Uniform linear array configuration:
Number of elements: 16
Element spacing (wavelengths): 1
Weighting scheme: cosine
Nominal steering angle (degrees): -60
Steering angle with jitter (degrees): -59.174
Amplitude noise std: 0.05
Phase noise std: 0.05

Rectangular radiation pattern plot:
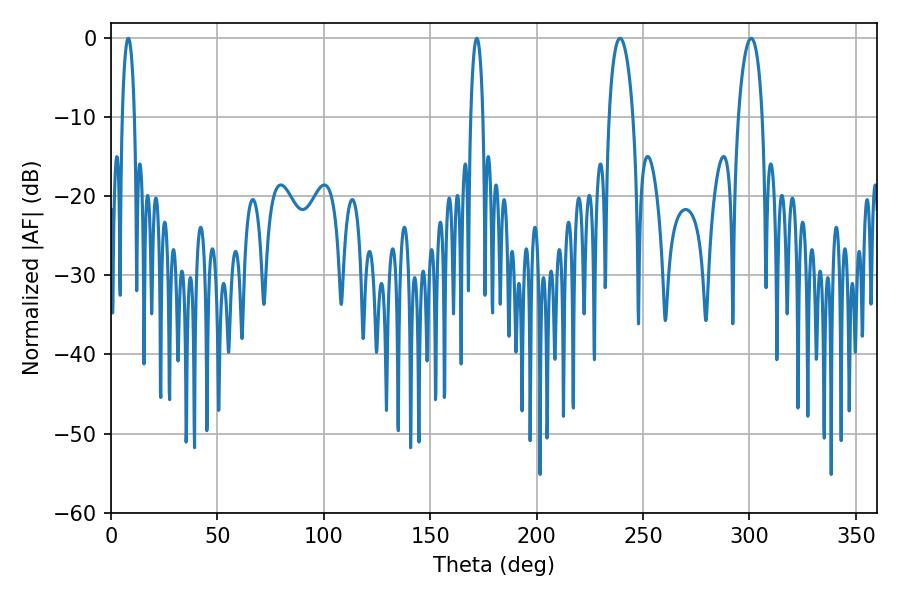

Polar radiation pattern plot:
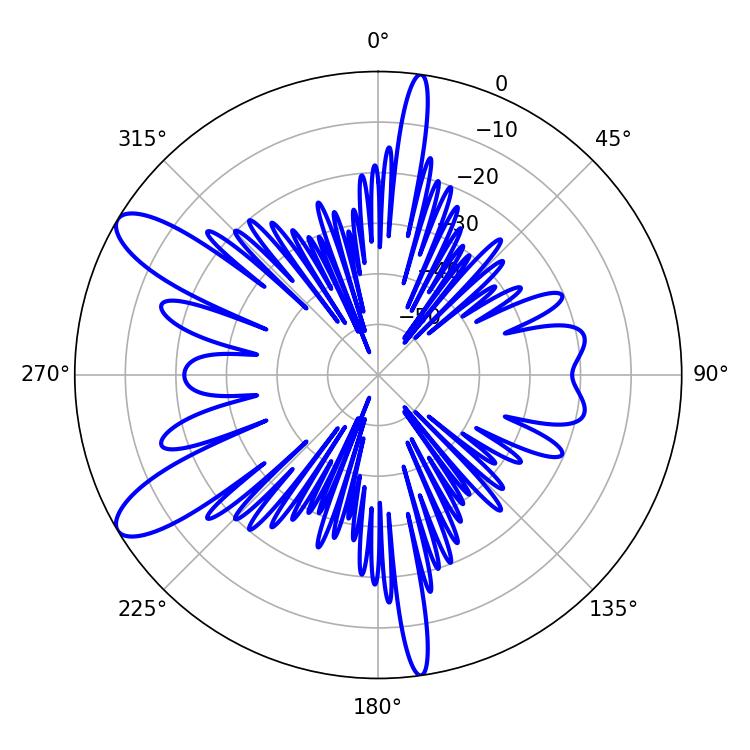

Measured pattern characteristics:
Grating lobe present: TRUE
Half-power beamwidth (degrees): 3.24
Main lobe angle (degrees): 8.1